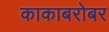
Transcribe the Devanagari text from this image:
काकाबरोबर